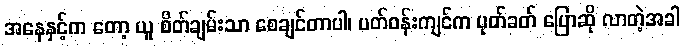
အနေနှင့်က တော့ ယူ စိတ်ချမ်းသာ စေချင်တာပါ၊ ပတ်ဝန်းကျင်က ပုတ်ခတ် ပြောဆို လာတဲ့အခါ